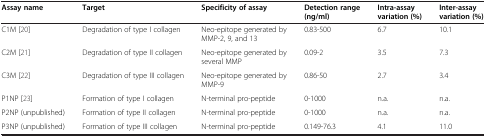
| Assay name | Target | Specificity of assay | Detection range (ng/ml) | Intra-assay variation (%) | Inter-assay variation (%) |
 | --- | --- | --- | --- | --- | --- |
 | C1M[20] | Degradation of type I collagen | Neo-epitope generated by MMP-2, 9, and 13 | 0.83-500 | 6.7 | 10.1 |
 | C2M[21] | Degradation of type II collagen | Neo-epitope generated by several MMP | 0.09-2 | 3.5 | 7.3 |
 | C3M[22] | Degradation of type III collagen | Neo-epitope generated by MMP-9 | 0.86-50 | 2.7 | 3.4 |
 | P1NP[23] | Formation of type I collagen | N-terminal pro-peptide | 0-1000 | n.a. | n.a. |
 | P2NP (unpublished) | Formation of type II collagen | N-terminal pro-peptide | 0-1000 | n.a. | n.a. |
 | P3NP (unpublished) | Formation of type III collagen | N-terminal pro-peptide | 0.149-76.3 | 4.1 | 11.0 |